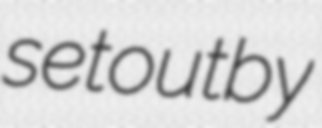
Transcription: set out by